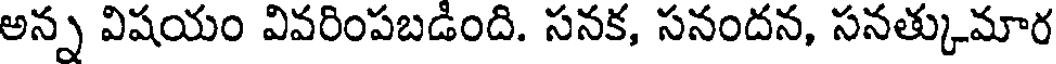
అన్న విషయం వివరింపబడింది. సనక, సనందన, సనత్కుమార